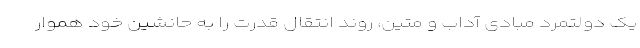
یک دولتمرد مبادی آداب و متین، روند انتقال قدرت را به حانشین خود هموار